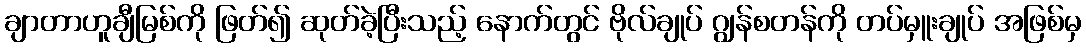
ချာတာဟူချီမြစ်ကို ဖြတ်၍ ဆုတ်ခဲ့ပြီးသည့် နောက်တွင် ဗိုလ်ချုပ် ဂျွန်စတန်ကို တပ်မှူးချုပ် အဖြစ်မှ